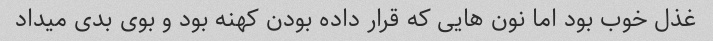
غذل خوب بود اما نون هایی که قرار داده بودن کهنه بود و بوی بدی میداد